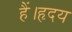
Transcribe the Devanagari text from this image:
हैं।हृदय